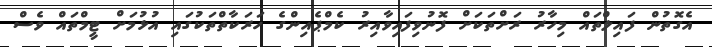
އެގޮތުން ފައިލްތައް މިހާރު ރަށްތަކަށް ފޮނުވިފައިވާއިރު ކެމްޕެއިންގެ ހަރަކާތްތަކުގައި އުޅުމަށް ޓީމްތައް ވެސް